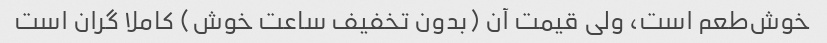
خوش‌طعم است، ولی قیمت آن (بدون تخفیف ساعت خوش) کاملا گران است